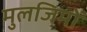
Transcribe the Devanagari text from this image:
मुलजिमों